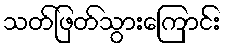
သတ်ဖြတ်သွားကြောင်း